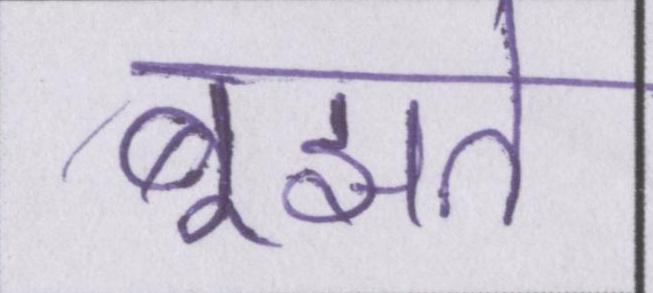
बूझते